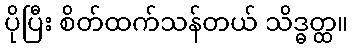
ပိုပြီး စိတ်ထက်သန်တယ် သိဒ္ဓတ္ထ။